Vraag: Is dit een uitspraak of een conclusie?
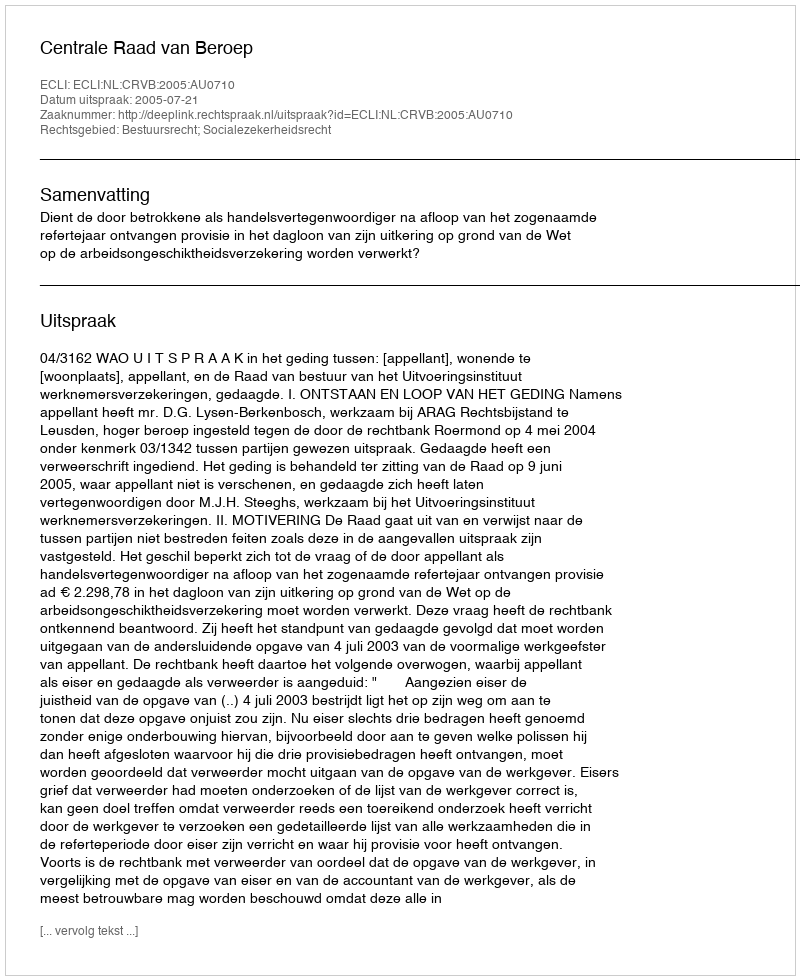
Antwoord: Uitspraak